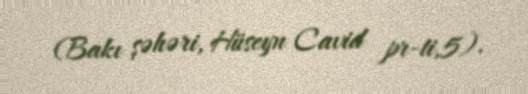
(Bakı şəhəri, Hüseyn Cavid pr-ti,5).